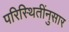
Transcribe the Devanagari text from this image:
परिस्थितींनुसार